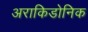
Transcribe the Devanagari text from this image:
अराकिडोनिक